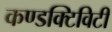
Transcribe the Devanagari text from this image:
कण्डक्टिविटी